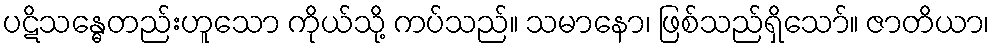
ပဋိသန္ဓေတည်းဟူသော ကိုယ်သို့ ကပ်သည်။ သမာနော၊ ဖြစ်သည်ရှိသော်။ ဇာတိယာ၊